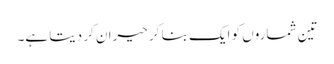
تین شماروں کو ایک بنا کر حیران کر دیتا ہے۔